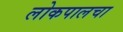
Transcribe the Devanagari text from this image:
लोकपालचा